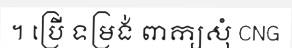
។ ប្រើ ទម្រង់ ពាក្យសុំ CNG